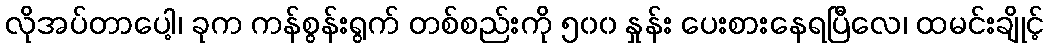
လိုအပ်တာပေါ့၊ ခုက ကန်စွန်းရွက် တစ်စည်းကို ၅၀၀ နှုန်း ပေးစားနေရပြီလေ၊ ထမင်းချိုင့်